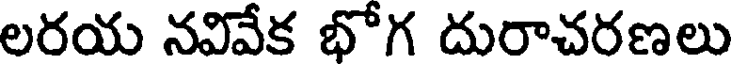
లరయ నవివేక భోగ దురాచరణలు